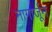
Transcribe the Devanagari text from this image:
नागार्जून